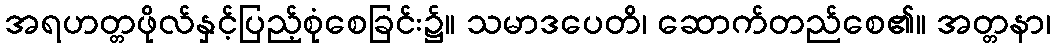
အရဟတ္တဖိုလ်နှင့်ပြည့်စုံစေခြင်း၌။ သမာဒပေတိ၊ ဆောက်တည်စေ၏။ အတ္တနာ၊